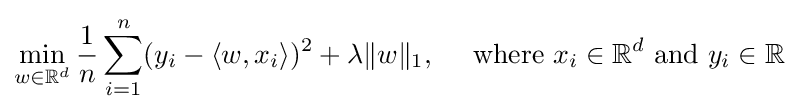
\min _{w\in \mathbb {R} ^{d}}{\frac {1}{n}}\sum _{i=1}^{n}(y_{i}-\langle w,x_{i}\rangle )^{2}+\lambda \|w\|_{1},\quad {\text{ where }}x_{i}\in \mathbb {R} ^{d}{\text{ and }}y_{i}\in \mathbb {R}